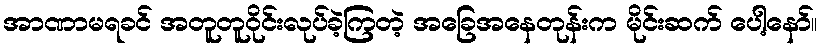
အာဏာမရခင် အတူတူဝိုင်းလုပ်ခဲ့ကြတဲ့ အခြေအနေတုန်းက မိုင်းဆက် ပေါ့နော်။